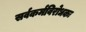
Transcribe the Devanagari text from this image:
सर्वकर्मविरोधकः